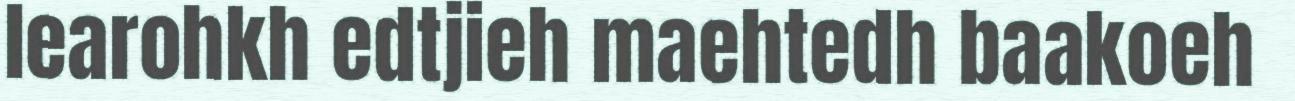
learohkh edtjieh maehtedh baakoeh